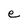
Character: e